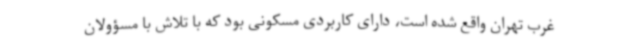
غرب تهران واقع شده است، دارای کاربردی مسکونی بود که با تلاش با مسؤولان